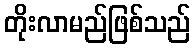
တိုးလာမည်ဖြစ်သည်